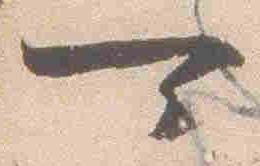
可